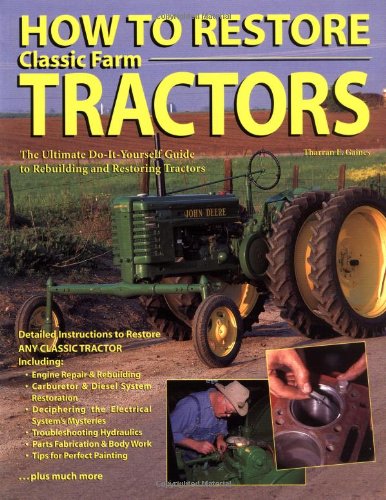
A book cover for How To Restore Classic Farm Tractors: The Ultimate Do-It-Yourself Guide to Rebuilding and Restoring Tractors; Tharran E. Gaines; Crafts, Hobbies & Home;